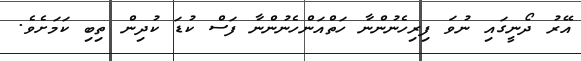
އޭރު ދޯނީގައި ނުވަ ފިރިހެނުންނާ ހަތްއަންހެނުންނާ ފަސް ކުޑަ ކުދިން ތިބި ކަމަށެވެ.